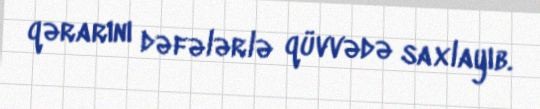
qərarını dəfələrlə qüvvədə saxlayıb.